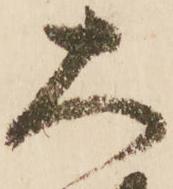
大